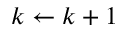
k \gets k + 1